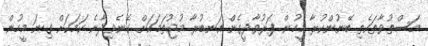
މަސްތުވާތަކެތި ބޭނުންކުރާ މީހުން ފަރުވާދީގެން އަނބުރާ މުޖުތަމައަށް ގެނެވިދާނެ ކަމަކަށް ގިނަ މީހުން